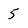
Character: 5